38_143685_box_Incident_Summaries_101-172
Agency: Department of War
Page 42
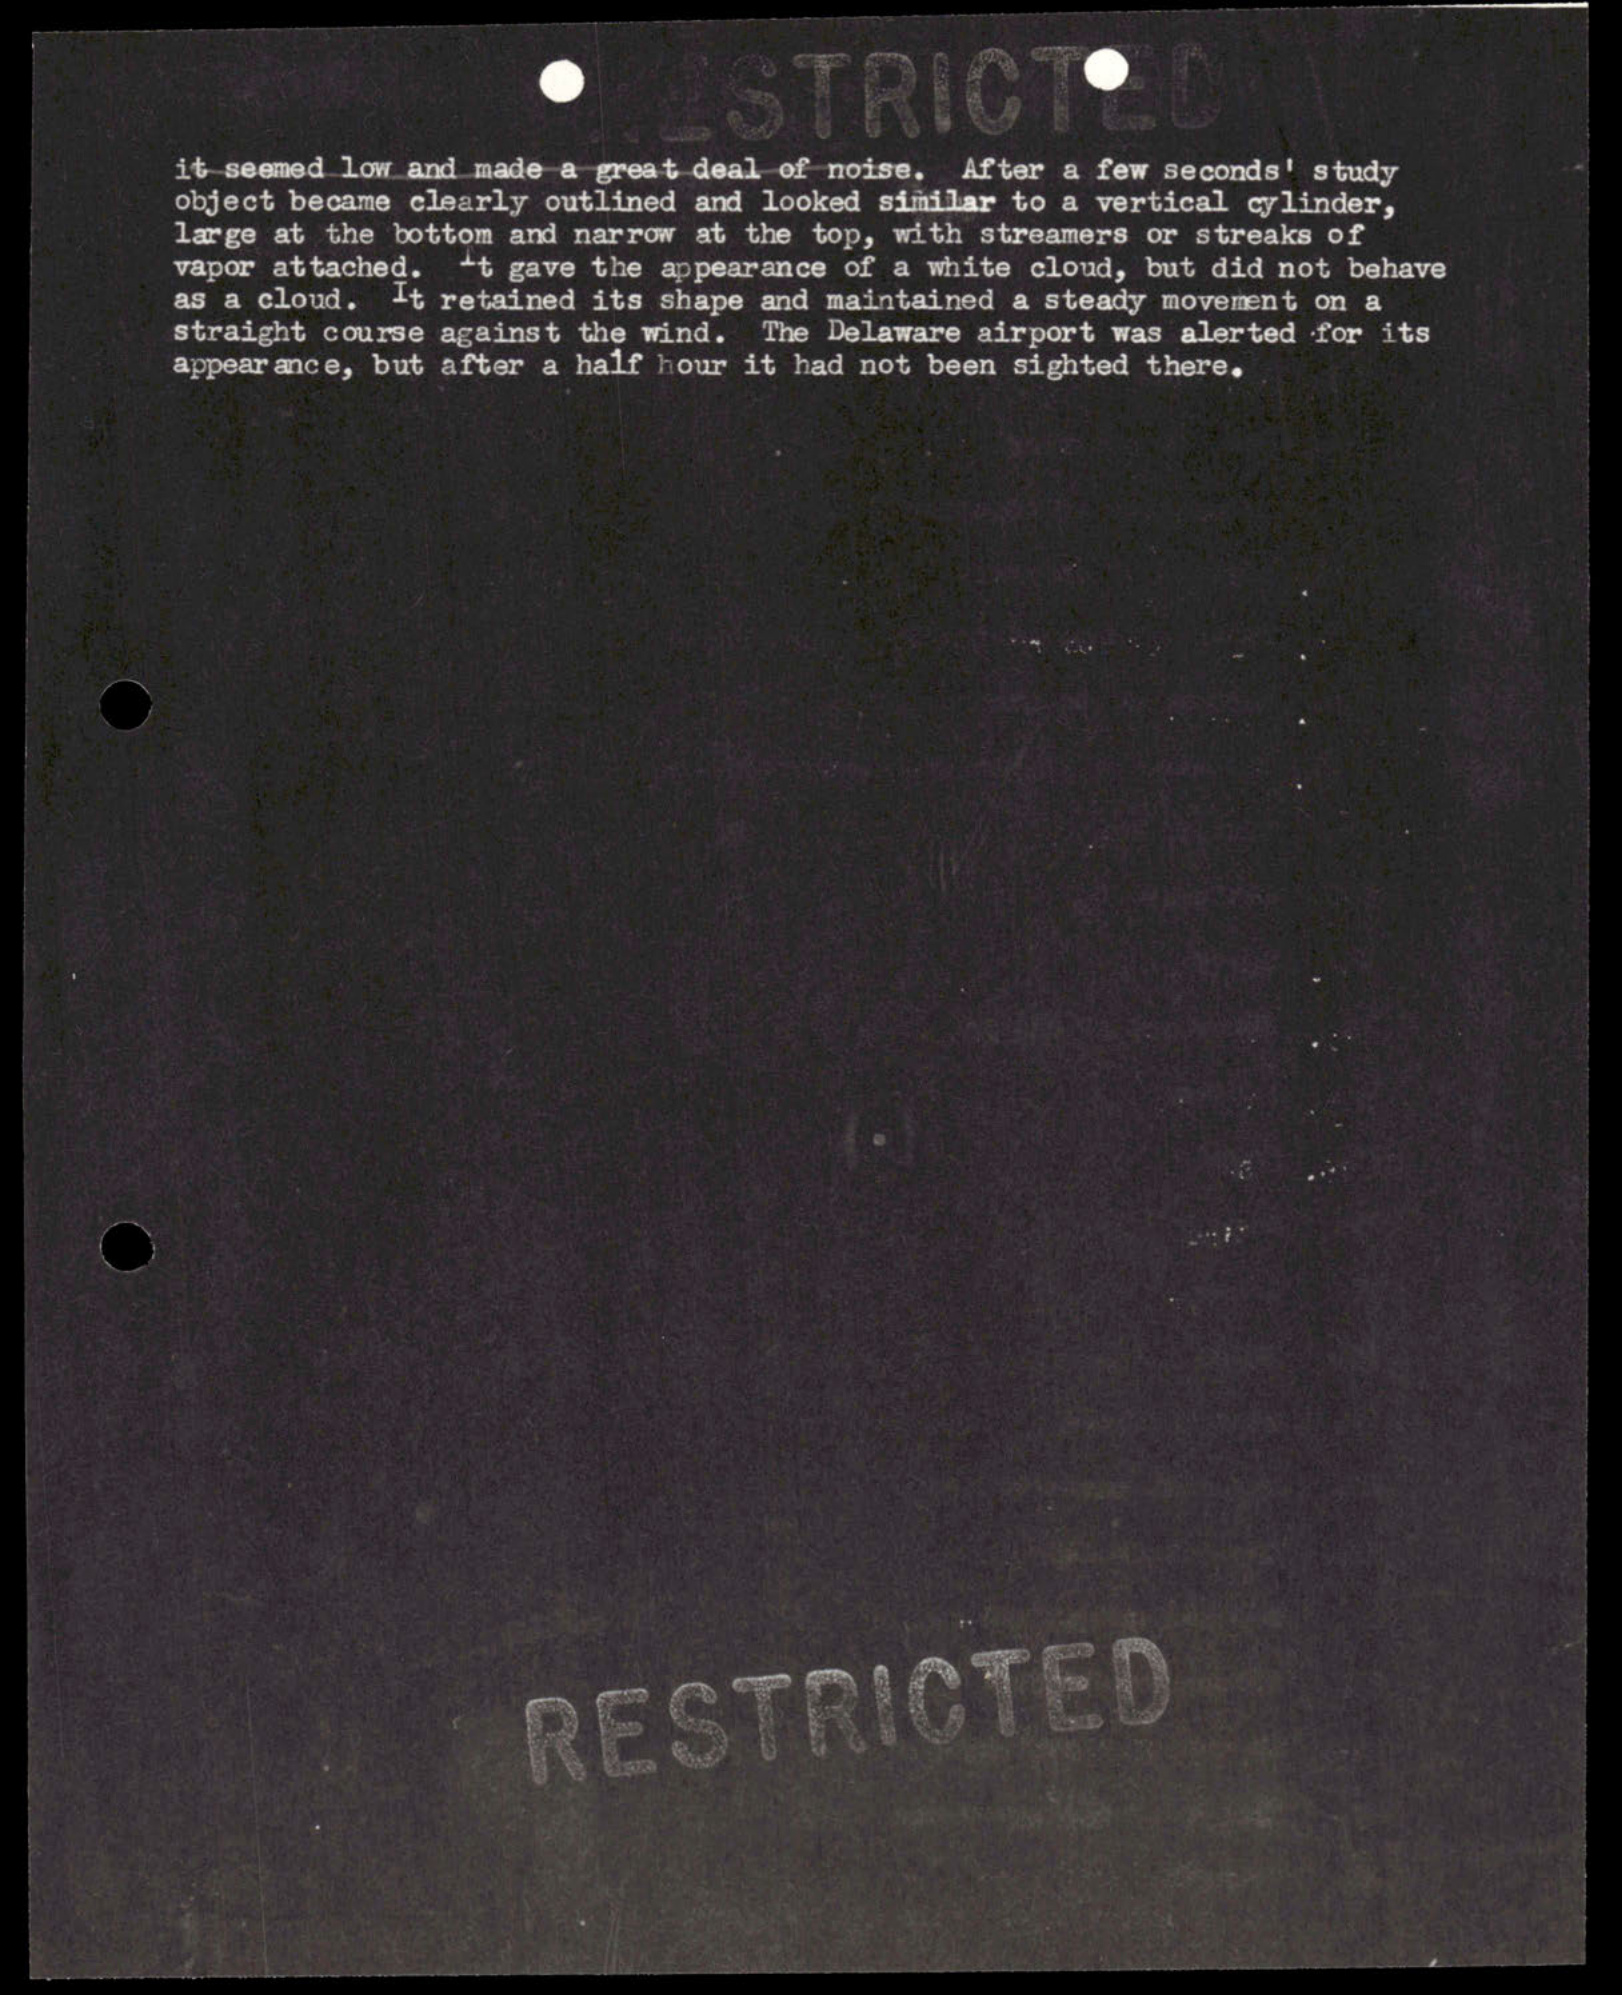